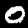
Label: 0